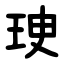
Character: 㻀